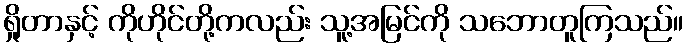
ရှိုတာနှင့် ကိုဟိုင်တို့ကလည်း သူ့အမြင်ကို သဘောတူကြသည်။